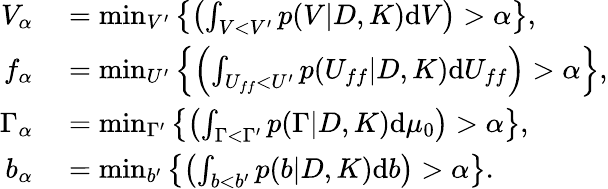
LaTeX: \begin{array}{rl}{V_{\alpha}}&{{}=\operatorname*{min}_{V^{\prime}}\left\{ \left(\int_{V<V^{\prime}}p(V|D,K)\textup{d}V\right)>\alpha\right\} ,}\\ {f_{\alpha}}&{{}=\operatorname*{min}_{U^{\prime}}\left\{ \left(\int_{U_{ff}<U^{\prime}}p(U_{ff}|D,K)\textup{d}U_{ff}\right)>\alpha\right\} ,}\\ {\Gamma_{\alpha}}&{{}=\operatorname*{min}_{\Gamma^{\prime}}\left\{ \left(\int_{\Gamma<\Gamma^{\prime}}p(\Gamma|D,K)\textup{d}\mu_{0}\right)>\alpha\right\} ,}\\ {b_{\alpha}}&{{}=\operatorname*{min}_{b^{\prime}}\left\{ \left(\int_{b<b^{\prime}}p(b|D,K)\textup{d}b\right)>\alpha\right\} .}\end{array}